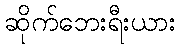
ဆိုက်ဘေးရီးယား